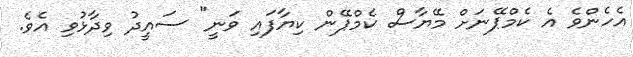
އެހެންވެ އެ ކެމްޕޭނަށް މޭޔާސް ކެމްޕޭން ކިޔާފައި ވަނީ" ސައީދު ވިދާޅުވި އެވެ.